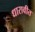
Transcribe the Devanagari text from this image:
धारावीत